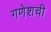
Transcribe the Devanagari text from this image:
गणेशची